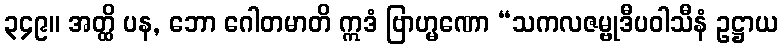
၃၄၉။ အတ္ထိ ပန, ဘော ဂေါတမာတိ ဣဒံ ဗြာဟ္မဏော “သကလဇမ္ဗုဒီပဝါသီနံ ဥဋ္ဌာယ